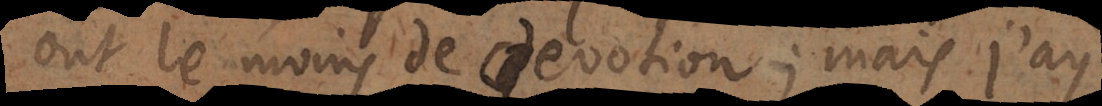
ont le moins de devotion; mais j’ay